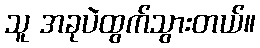
သူ အခုပဲထွက်သွားတယ်။